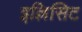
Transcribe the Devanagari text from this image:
इल्लिसिट